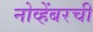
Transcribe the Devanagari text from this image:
नोव्हेंबरची